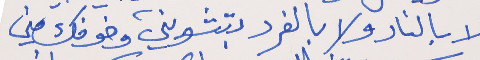
لا بالنار ولا بالفرد      بتشويني وخوفك مني